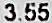
3.55